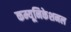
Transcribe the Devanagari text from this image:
कम्यूनिकेशनल